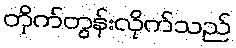
တိုက်တွန်းလိုက်သည်